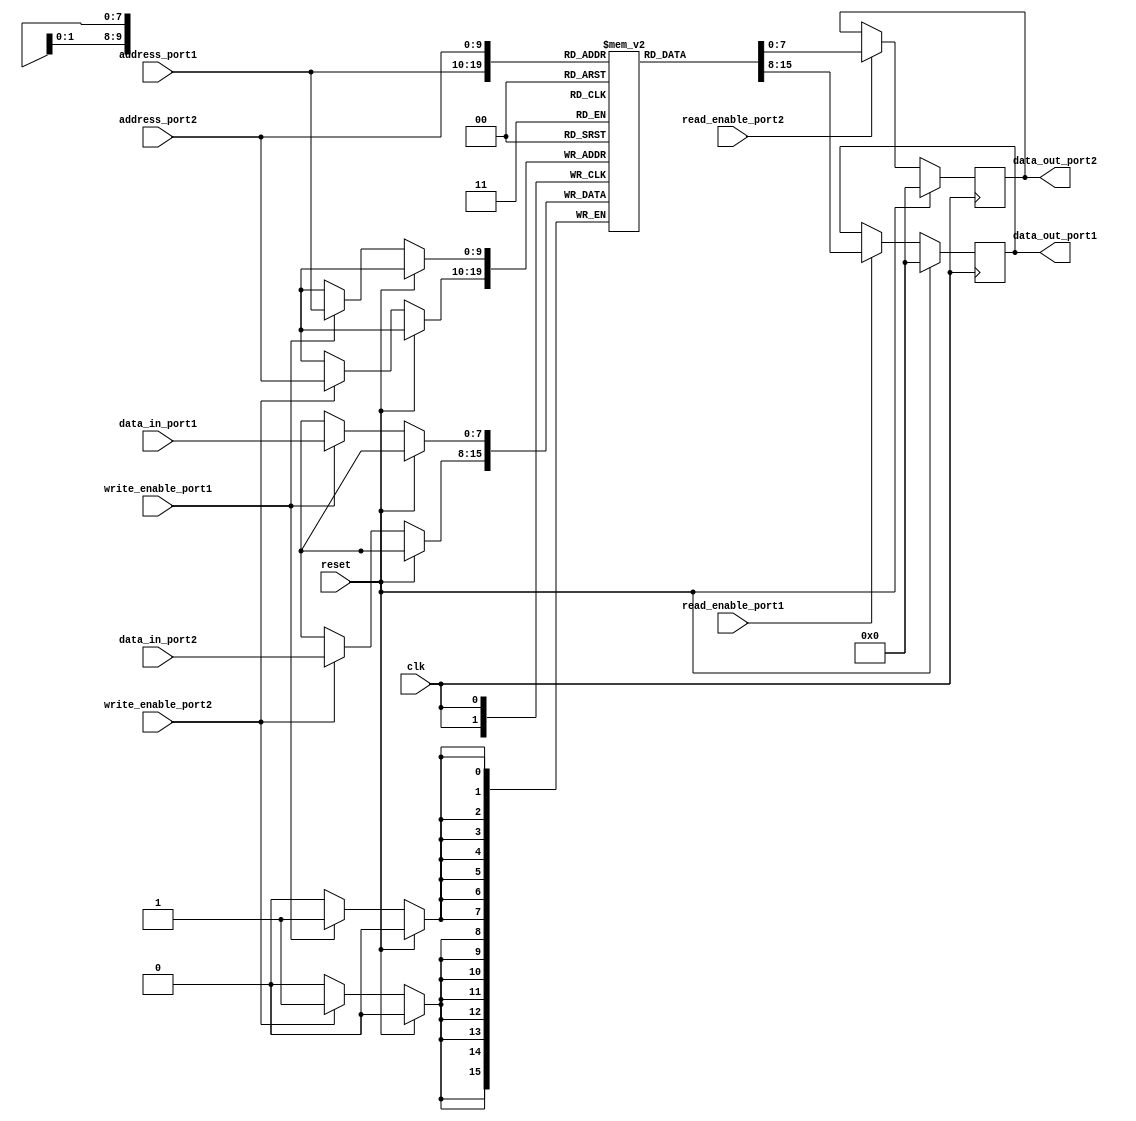
module dual_port_ram (
    input wire clk,
    input wire reset,
    input wire read_enable_port1,
    input wire write_enable_port1,
    input wire [ADDR_WIDTH-1:0] address_port1,
    input wire [DATA_WIDTH-1:0] data_in_port1,
    output reg [DATA_WIDTH-1:0] data_out_port1,
    input wire read_enable_port2,
    input wire write_enable_port2,
    input wire [ADDR_WIDTH-1:0] address_port2,
    input wire [DATA_WIDTH-1:0] data_in_port2,
    output reg [DATA_WIDTH-1:0] data_out_port2
);

parameter ADDR_WIDTH = 10;
parameter DATA_WIDTH = 8;
reg [DATA_WIDTH-1:0] memory [0:(2**ADDR_WIDTH)-1];

always @(posedge clk) begin
    if (reset) begin
        data_out_port1 <= 0;
        data_out_port2 <= 0;
    end else begin
        if (read_enable_port1) begin
            data_out_port1 <= memory[address_port1];
        end
        if (read_enable_port2) begin
            data_out_port2 <= memory[address_port2];
        end
        if (write_enable_port1) begin
            memory[address_port1] <= data_in_port1;
        end
        if (write_enable_port2) begin
            memory[address_port2] <= data_in_port2;
        end
    end
end

endmodule